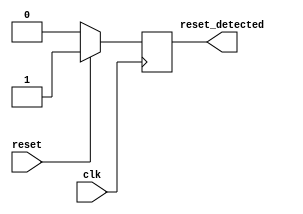
module sync_reset_detector (
    input wire clk,          // Clock signal
    input wire reset,        // Synchronous reset signal
    output reg reset_detected // Output indicating reset condition
);

// State declaration
localparam RESET_STATE   = 1'b1; // State when reset is active
localparam NORMAL_STATE  = 1'b0; // State when reset is inactive

// Sequential logic to detect reset on clock edge
always @(posedge clk) begin
    if (reset) begin
        reset_detected <= RESET_STATE; // Set the output high if reset is active
    end else begin
        reset_detected <= NORMAL_STATE; // Set the output low if reset is inactive
    end
end

endmodule